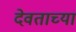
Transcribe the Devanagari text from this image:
देवताच्या